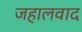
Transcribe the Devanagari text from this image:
जहालवाद